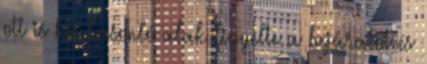
ott is két hasonló alak figyelte a bejáratot és